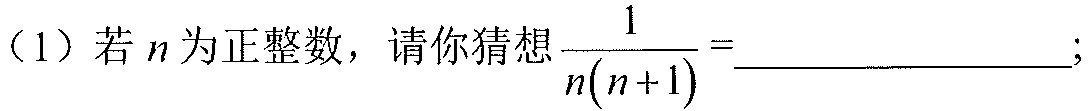
（1）若\(n\)为正整数，请你猜想\(\frac{1}{n(n + 1)}=\)______________;